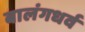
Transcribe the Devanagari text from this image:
बालंगधर्व